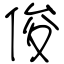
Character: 俊